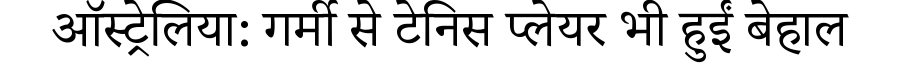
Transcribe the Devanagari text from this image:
ऑस्ट्रेलिया: गर्मी से टेनिस प्लेयर भी हुईं बेहाल